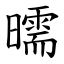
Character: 曘